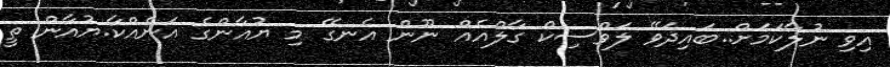
އިވި ނުލާކަމަށް..ބައިދަވޭ ލަވްސިކް ގާލްއެއް ނޫން އެނގޭ މި ޔުއާންގެ އަނެއްކާ.ޔުއާން ތީ